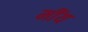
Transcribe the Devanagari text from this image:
मींय